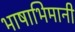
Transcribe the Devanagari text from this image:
भाषाभिमानी